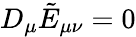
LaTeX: D_{\mu}\tilde{E}_{\mu\nu}=0